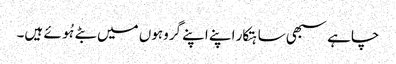
چاہے سبھی ساہتکار اپنے اپنے گروہوں میں بٹے ہُوئے ہیں۔